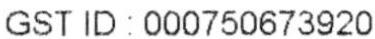
GST ID : 000750673920